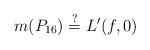
LaTeX: \begin{align*}m(P_{16}) \stackrel{?}{=} L'(f,0)\end{align*}